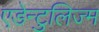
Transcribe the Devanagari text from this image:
एडेन्टुलिज्म